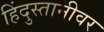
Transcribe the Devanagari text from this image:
हिंदुस्तानीवर